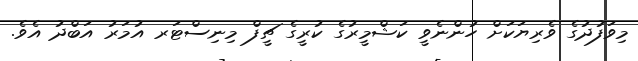
މިވަފުދުގެ ވެރިޔަކަށް ހުންނެވީ ކަޝްމީރުގެ ކުރީގެ ޗީފް މިނިސްޓަރ އުމަރު އަބްދު އެވެ.